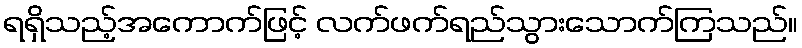
ရရှိသည့်အကောက်ဖြင့် လက်ဖက်ရည်သွားသောက်ကြသည်။